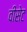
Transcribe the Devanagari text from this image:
वीसेट